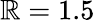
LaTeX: \mathbb{R}=1.5